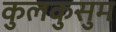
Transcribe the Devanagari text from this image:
कुलकुसुम